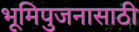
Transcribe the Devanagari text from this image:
भूमिपुजनासाठी